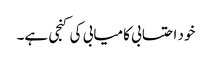
خود احتسابی کامیابی کی کنجی ہے۔